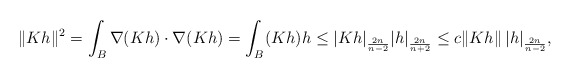
\begin{align*}\|Kh\|^2=\int_{B} \nabla (Kh)\cdot \nabla (Kh)=\int_{B} (Kh) h \leq |Kh|_\frac{2n}{n-2} |h|_\frac{2n}{n+2}\leq c\|Kh\|\, |h|_\frac{2n}{n-2},\end{align*}